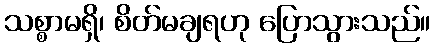
သစ္စာမရှိ၊ စိတ်မချရဟု ပြောသွားသည်။